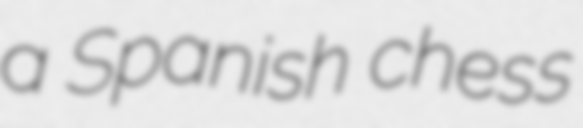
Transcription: a Spanish chess